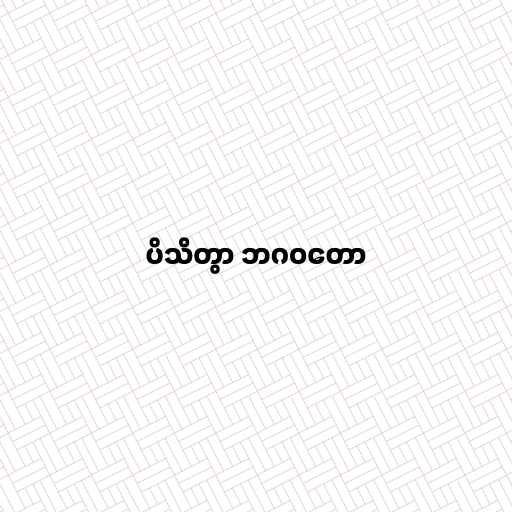
ပိသိတွာ ဘဂဝတော